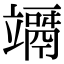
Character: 竵